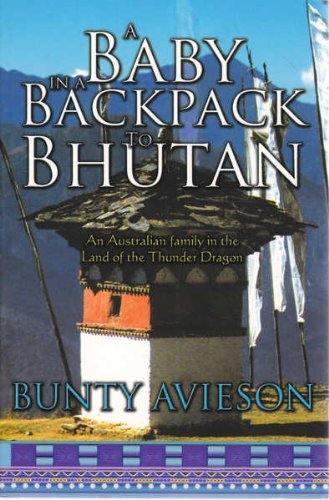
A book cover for A Baby in a Backpack to Bhutan : An Australian Family in the Land of the Thunder Dragon; Bunty Avieson; Travel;